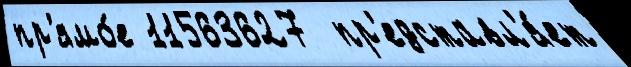
пр'ямо́е 11563627  пр'едставл'я́ет